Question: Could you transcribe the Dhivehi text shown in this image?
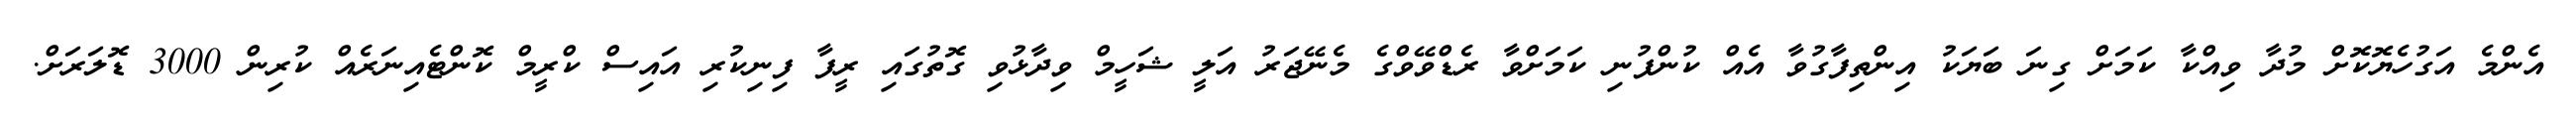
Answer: އެންމެ އަގުހެޔޮކޮށް މުދާ ވިއްކާ ކަމަށް ގިނަ ބަޔަކު އިންތިފާގުވާ އެއް ކުންފުނި ކަމަށްވާ ރެޑްވޭވްގެ މެނޭޖަރު އަލީ ޝަހީމް ވިދާޅުވި ގޮތުގައި ރީފާ ފިނިކުރި އައިސް ކްރީމް ކޮންޓެއިނަރެއް ކުރިން 3000 ޑޮލަރަށް.